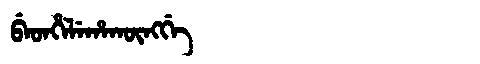
Manchu: ᠪᡝᡨᡥᡝᠯᡝᡥᠠᡴᡡᠩᡤᡝ
Romanization: BETHELEHAKŪNGGE